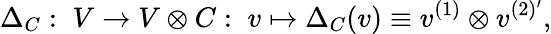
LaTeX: \Delta_{C}:\; V\rightarrow V\otimes C:\; v\mapsto\Delta_{C}(v)\equiv v^{(1)}\otimes v^{(2)^{\prime}},